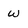
Character: w